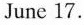
June 17.